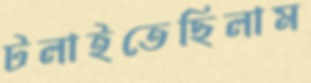
টলাইতেছিলাম